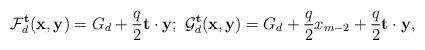
LaTeX: \begin{align*} \mathcal{F}_d^{\mathbf{t}}(\mathbf{x},\mathbf{y})= G_d+\frac{q}{2}\mathbf{t}\cdot \mathbf{y};~\mathcal{G}_d^{\mathbf{t}}(\mathbf{x}, \mathbf{y})=G_{d}+\frac{q}{2} x_{m-2}+\frac{q}{2} \mathbf{t} \cdot \mathbf{y},\end{align*}